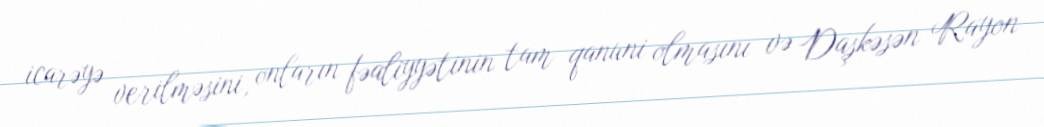
icarəyə verilməsini, onların fəaliyyətinin tam qanuni olmasını və Daşkəsən Rayon